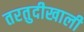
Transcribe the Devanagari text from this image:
तरतुदीखाली